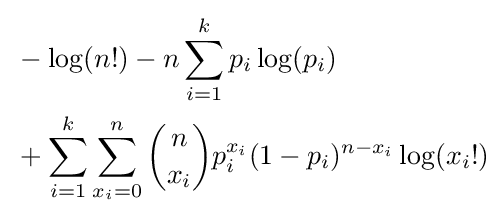
{\begin{aligned}&-\log(n!)-n\sum _{i=1}^{k}p_{i}\log(p_{i})\\&+\sum _{i=1}^{k}\sum _{x_{i}=0}^{n}{\binom {n}{x_{i}}}p_{i}^{x_{i}}(1-p_{i})^{n-x_{i}}\log(x_{i}!)\end{aligned}}